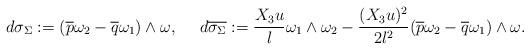
LaTeX: \begin{align*}d\sigma_\Sigma:=(\overline{p}\omega_2-\overline{q}\omega_1)\wedge \omega,~~~~d\overline{\sigma_\Sigma}:=\frac{X_3u}{l}\omega_1\wedge \omega_2-\frac{(X_3u)^2}{2l^2}(\overline{p}\omega_2-\overline{q}\omega_1)\wedge \omega.\end{align*}